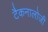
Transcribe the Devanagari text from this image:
टैकनालोजी